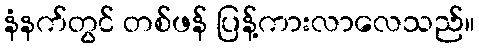
နံနက်တွင် တစ်ဖန် ပြန့်ကားလာလေသည်။